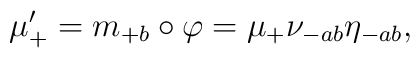
\mu'_+ = m_{+b} \circ \varphi = \mu_+  \nu_{-ab}  \eta_{-ab},